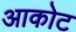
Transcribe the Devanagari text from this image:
आकोट